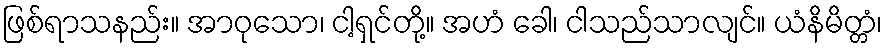
ဖြစ်ရာသနည်း။ အာဝုသော၊ ငါ့ရှင်တို့။ အဟံ ခေါ၊ ငါသည်သာလျင်။ ယံနိမိတ္တံ၊